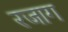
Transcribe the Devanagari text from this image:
रजाग